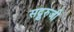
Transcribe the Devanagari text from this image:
सद्गुरुजी